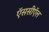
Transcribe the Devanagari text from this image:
ऍससीऍल